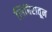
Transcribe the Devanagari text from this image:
शिबिरातून